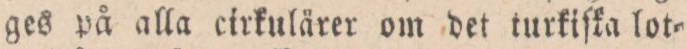
ges på alla cirkulärer om det turkiſka lot=